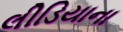
લીડિયાના